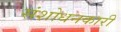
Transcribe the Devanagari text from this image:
संशोधनकारी